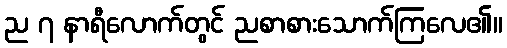
ည ၇ နာရီလောက်တွင် ညစာစားသောက်ကြလေ၏။